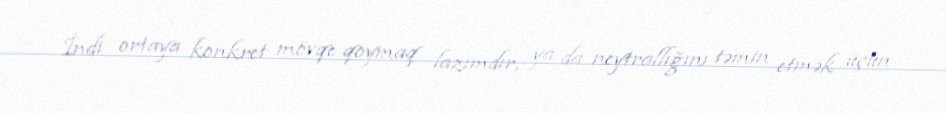
İndi ortaya konkret mövqe qoymaq lazımdır, ya da neytrallığını təmin etmək üçün